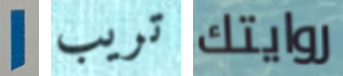
1 تريب روايتك